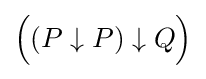
{\Big (}(P\downarrow P)\downarrow Q{\Big )}